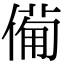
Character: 僃